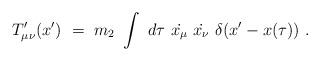
LaTeX: \begin{align*}T'_{\mu\nu}(x') ~= ~m_2~\int ~d\tau ~\dot{x_{\mu}}~\dot{x_{\nu}} ~\delta( x'- x(\tau))~.\end{align*}